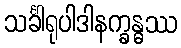
သင်္ခါရုပါဒါနက္ခန္ဓဿ